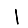
Digit: 1